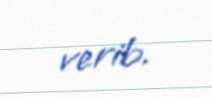
verib.